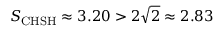
S _ { \mathrm { C H S H } } \approx 3 . 2 0 > 2 \sqrt { 2 } \approx 2 . 8 3